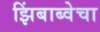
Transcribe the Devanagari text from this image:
झिंबाब्वेचा